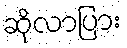
ဆိုလာပြား